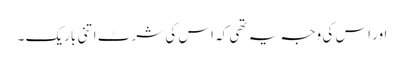
اور اس کی وجہ یہ تھی کہ اس کی شرٹ اتنی باریک ۔